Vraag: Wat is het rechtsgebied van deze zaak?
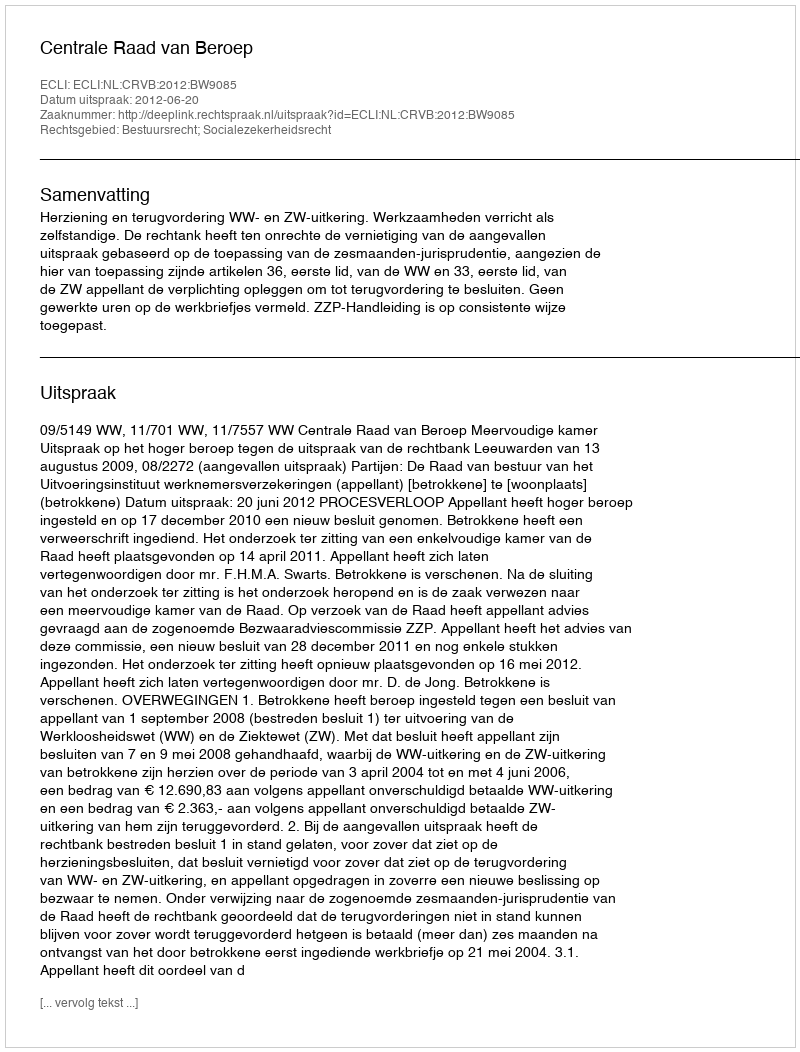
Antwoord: Bestuursrecht; Socialezekerheidsrecht